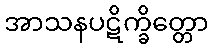
အာသနပဋိက္ခိတ္တော